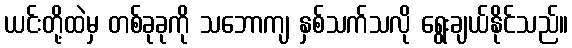
ယင်းတို့ထဲမှ တစ်ခုခုကို သဘောကျ နှစ်သက်သလို ရွေးချယ်နိုင်သည်။